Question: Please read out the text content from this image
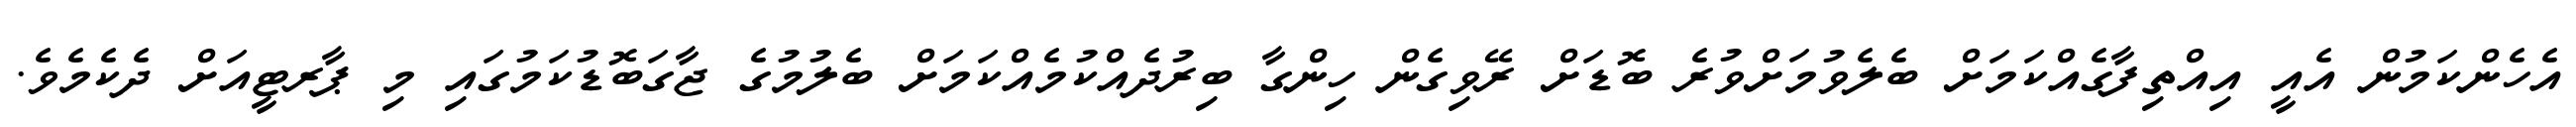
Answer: އެހެންކަމުން އެއީ އިއްތިފާގެއްކަމަށް ބެލެވުމަށްވުރެ ބޮޑަށް ރޭވިގެން ހިންގާ ބިރުދެއްކުމެއްކަމަށް ބެލުމުގެ ޖާގަބޮޑުކަމުގައި މި ޕާރޓީއަށް ދެކެމެވެ.